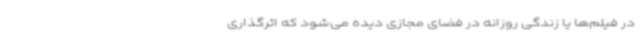
در فیلم‌ها یا زندگی روزانه در فضای مجازی دیده می‌شود که اثرگذاری